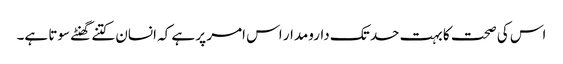
اس کی صحت کا بہت حد تک دارومدار اس امر پر ہے کہ انسان کتنے گھنٹے سوتا ہے۔